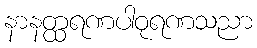
နာနတ္ထရဏပါဝုရဏသညာ